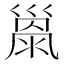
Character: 𢀂